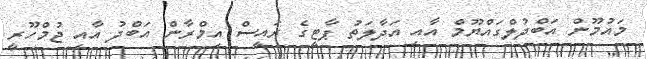
މައުމޫން އަބްދުލްގައްޔޫމް އާއި އަދާލަތު ޕާޓީގެ ރަައީސް އިމްރާން އަބްދު އާއި ޖުމްހޫރީ